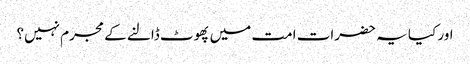
اور کیا یہ حضرات امت میں پھوٹ ڈالنے کے مجرم نہیں؟